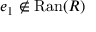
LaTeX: e _ { 1 } \not \in \mathrm { R a n } ( R )